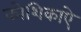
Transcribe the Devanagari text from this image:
कोशिकाऐ